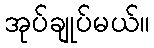
အုပ်ချုပ်မယ်။